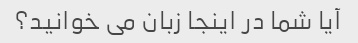
آیا شما در اینجا زبان می خوانید؟